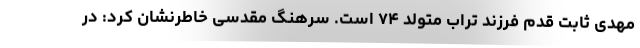
مهدی ثابت قدم فرزند تراب متولد ۷۴ است. سرهنگ مقدسی خاطرنشان کرد: در